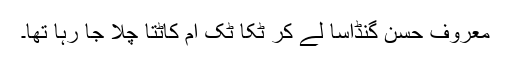
معروف حسن گنڈاسا لے کر ٹکا ٹک آم کاٹتا چلا جا رہا تھا۔